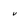
Character: v